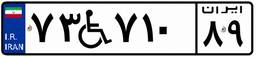
۸۳W۹۴۱۳۳